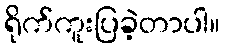
ရိုက်ကူးပြခဲ့တာပါ။